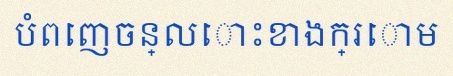
បំពេញចន្លោះខាងក្រោម